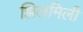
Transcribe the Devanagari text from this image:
झिलमिली